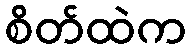
စိတ်ထဲက